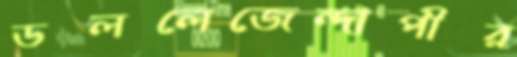
ডললেজেন্দাপীর